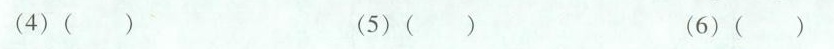
(4)( ) (5)( ) (6)( )